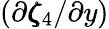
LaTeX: (\partial\pmb{\zeta}_{4}/\partial y)